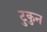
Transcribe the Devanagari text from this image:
टुकुन